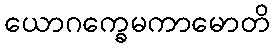
ယောဂက္ခေမကာမောတိ